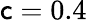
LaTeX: \mathsf{c}=0.4